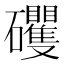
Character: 𱵄